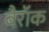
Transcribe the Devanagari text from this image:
बैरॉक